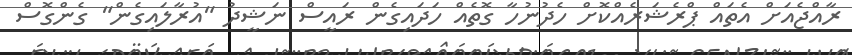
ރާއްޖެއަށް އެތައް ޕްރެޝަރެއްކޮށް ހެދުނުހާ ގޮތެއް ހަދައިގެން ރައީސް ނަޝީދު "އުރާލައިގެން" ގެންގޮސް